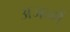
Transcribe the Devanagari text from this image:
अजन्में